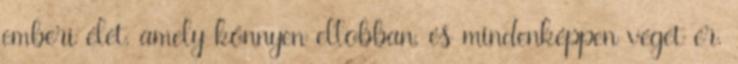
emberi élet, amely könnyen ellobban, és mindenképpen véget ér.